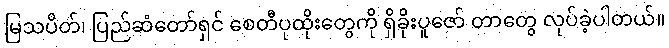
မြသပိတ်၊ ပြည်ဆံတော်ရှင် စေတီပုထိုးတွေကို ရှိခိုးပူဇော် တာတွေ လုပ်ခဲ့ပါတယ်။